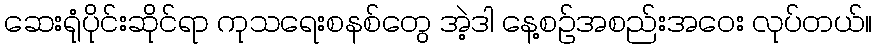
ဆေးရုံပိုင်းဆိုင်ရာ ကုသရေးစနစ်တွေ အဲ့ဒါ နေ့စဉ်အစည်းအဝေး လုပ်တယ်။